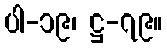
ပါ-၁၉၊ ဋ္ဌ-၇၉။